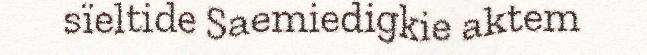
sïeltide Saemiedigkie aktem